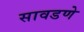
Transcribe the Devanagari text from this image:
सावडणे